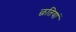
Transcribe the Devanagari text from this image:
छतियां